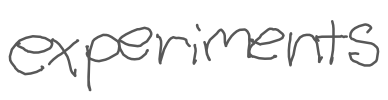
Text: experiments
Cross-out: clean
Writing tool: digital_gray